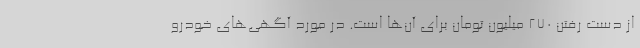
از دست رفتن ۲۷۰ میلیون تومان برای آن‌ها است. در مورد آگهی‌های خودرو